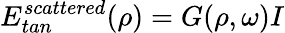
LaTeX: E_{tan}^{scattered}(\rho)=G(\rho,\omega)I